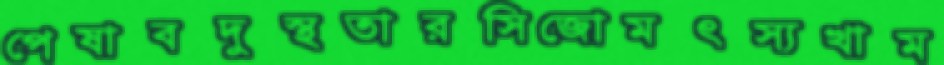
পেষাবদুস্থতারসিজোমৎস্যখাম